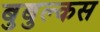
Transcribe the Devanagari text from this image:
बुबुल्कस